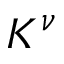
K ^ { \nu }